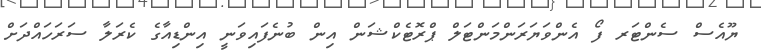
ޔޫއެސް ސެންޓަރ ފޯ އެންވަޔަރަންމަންޓަލް ޕްރޮޓެކްޝަން އިން ބުނެފައިވަނީ އިންޑިއާގެ ކެރަލާ ސަރަހައްދަށް